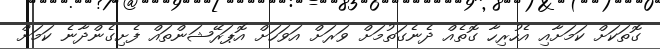
ގޮތަކަށް ކަމަށާއި އެހުރިހާ ގޮތެއް ދެނެގަތުމަށް ވަރަށް އަވަހަށް އޮޕަރޭޝަންތައް ފެށިގެންދާނެ ކަމަށް